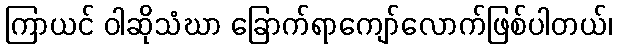
ကြာယင် ဝါဆိုသံဃာ ခြောက်ရာကျော်လောက်ဖြစ်ပါတယ်၊